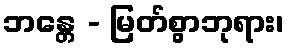
ဘန္တေ - မြတ်စွာဘုရား၊